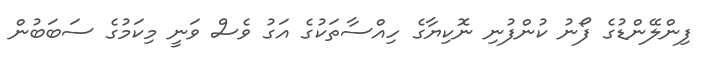
ފިންލޭންޑުގެ ފޯނު ކުންފުނި ނޮކިޔާގެ ހިއްސާތަކުގެ އަގު ވެސް ވަނީ މިކަމުގެ ސަބަބުން